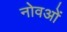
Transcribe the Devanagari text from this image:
नोवओं